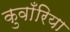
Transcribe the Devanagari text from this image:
कुवाँरिया